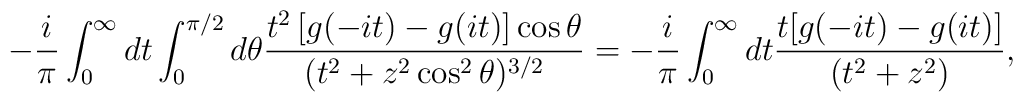
-\frac{i}{ \pi} \int_0^\infty dt \int_0^{\pi/2} d \theta \frac{ t^2 \left[ g(-i t) - g(i t) \right] \cos \theta}{(t^2 + z^2 \cos^2 \theta)^{3/2}} =-\frac{i}{\pi} \int_0^\infty dt  \frac{t [ g(-it) - g(it)] }{(t^2 + z^2)},